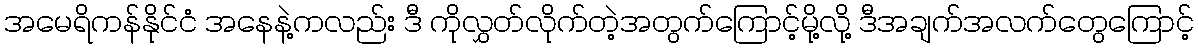
အမေရိကန်နိုင်ငံ အနေနဲ့ကလည်း ဒီ ကိုလွှတ်လိုက်တဲ့အတွက်ကြောင့်မို့လို့ ဒီအချက်အလက်တွေကြောင့်